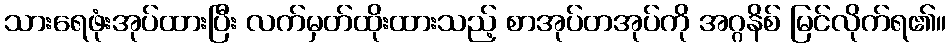
သားရေဖုံးအုပ်ထားပြီး လက်မှတ်ထိုးထားသည့် စာအုပ်တအုပ်ကို အဂ္ဂနိစ် မြင်လိုက်ရ၏။